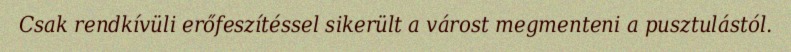
Csak rendkívüli erőfeszítéssel sikerült a várost megmenteni a pusztulástól.